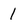
Character: 1